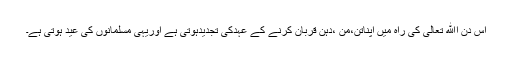
اس دن اﷲ تعالیٰ کی راہ میں اپناتن،من ،دہن قربان کرنے کے عہدکی تجدیدہوتی ہے اوریہی مسلمانوں کی عید ہوتی ہے۔